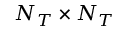
N _ { T } \times N _ { T }